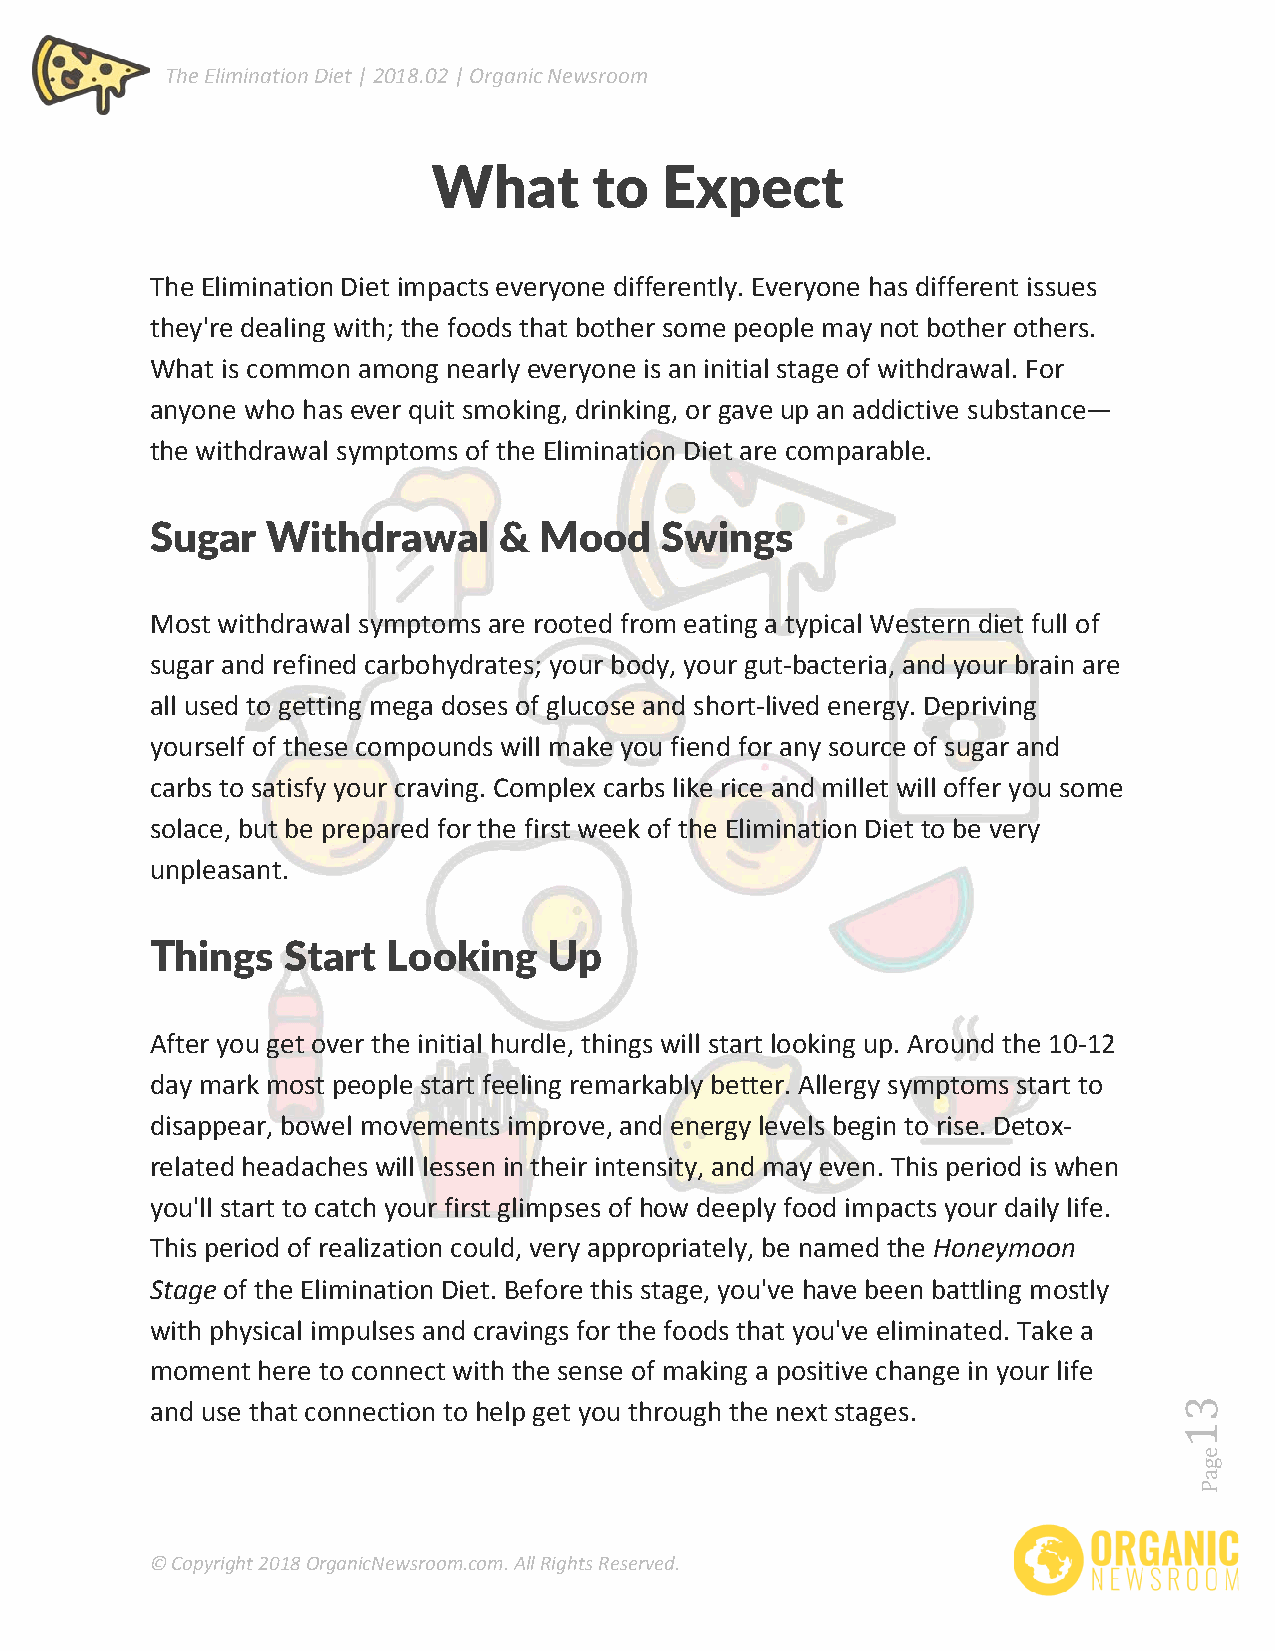
The Elimination Diet | 2018.02 | Organic Newsroom
 What      to   Expect
 The Elimination Diet impacts everyone differently. Everyone has different issues
 they're dealing with; the foods that bother some people may not bother others.
 What is common among nearly everyone is an initial stage of withdrawal. For
 anyone who has ever quit smoking, drinking, or gave up an addictive substance—
 the withdrawal symptoms of the Elimination Diet are comparable.
 Sugar   Withdrawal     &  Mood    Swings
 Most withdrawal symptoms are rooted from eating a typical Western diet full of
 sugar and refined carbohydrates; your body, your gut-bacteria, and your brain are
 all used to getting mega doses of glucose and short-lived energy. Depriving
 yourself of these compounds will make you fiend for any source of sugar and
 carbs to satisfy your craving. Complex carbs like rice and millet will offer you some
 solace, but be prepared for the first week of the Elimination Diet to be very
 unpleasant.
 Things   Start  Looking   Up
 After you get over the initial hurdle, things will start looking up. Around the 10-12
 day mark most people start feeling remarkably better. Allergy symptoms start to
 disappear, bowel movements improve, and energy levels begin to rise. Detox-
 related headaches will lessen in their intensity, and may even. This period is when
 you'll start to catch your first glimpses of how deeply food impacts your daily life.
 This period of realization could, very appropriately, be named the Honeymoon
 Stage of the Elimination Diet. Before this stage, you've have been battling mostly
 with physical impulses and cravings for the foods that you've eliminated. Take a
 moment here to connect with the sense of making a positive change in your life
 and use that connection to help get you through the next stages.
 © Copyright 2018 OrganicNewsroom.com. All Rights Reserved.
 egaP
 31